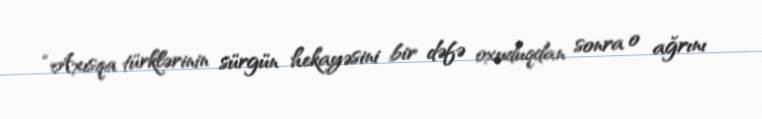
“Axısqa türklərinin sürgün hekayəsini bir dəfə oxuduqdan sonra o ağrını